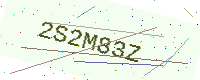
Text: 2S2M83Z